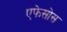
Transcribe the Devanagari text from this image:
एफेसोस